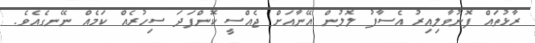
ރާޅުތައް ފޮނުވާލިއިރު އެސާފު ލޮލުން އޭނާއަށް ޖެއްސީ ކޮންފަދަ ސިހުރެއް ކަމެއް ނޭނގެއެވެ.